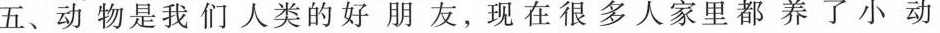
五、动物是我们人类的好朋友，现在很多人家里都养了小动